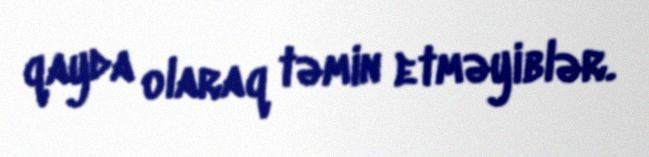
qayda olaraq təmin etməyiblər.